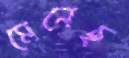
মেনেছ